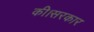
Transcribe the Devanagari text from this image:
की।सरकार